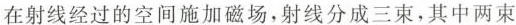
在射线经过的空间施加磁场，射线分成三束，其中两束